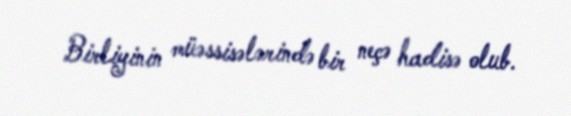
Birliyinin müəssisələrində bir neçə hadisə olub.